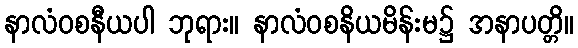
နာလံဝစနီယပါ ဘုရား။ နာလံဝစနိယမိန်းမ၌ အနာပတ္တိ။